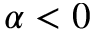
\alpha < 0